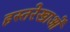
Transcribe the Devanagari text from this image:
हस्तरेखाओं